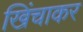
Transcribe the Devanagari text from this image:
खिंचाकर